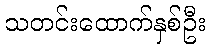
သတင်းထောက်နှစ်ဦး